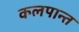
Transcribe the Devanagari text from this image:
कलपान्त